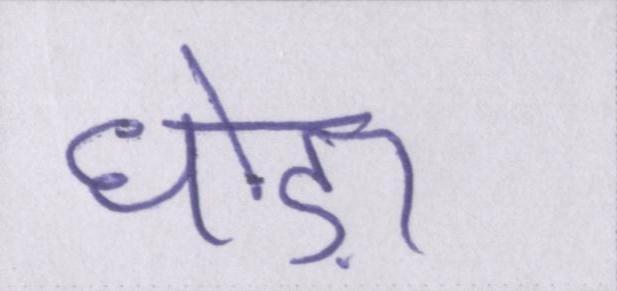
घोड़ा